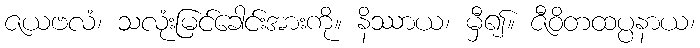
ဇယဗလံ၊ သလုံးမြင်ခေါင်းအားကို။ နိဿာယ၊ မှီ၍။ ဇီဝိတထပ္ပနာယ၊